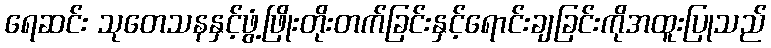
ရေဆင်း သုတေသနနှင့်ဖွံ့ဖြိုးတိုးတက်ခြင်းနှင့်ရောင်းချခြင်းကိုအထူးပြုသည်